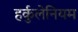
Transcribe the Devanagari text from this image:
हर्कुलेनियम